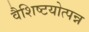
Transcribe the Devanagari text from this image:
वैशिष्टयोत्पन्न